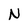
Character: N